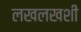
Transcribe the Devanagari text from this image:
लखलखशी